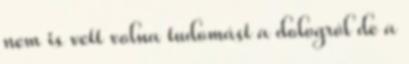
nem is vett volna tudomást a dologról de a